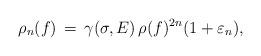
LaTeX: \begin{align*} \rho_n(f) \, = \, \gamma (\sigma, E)\, \rho(f)^{2n} (1+\varepsilon_n) ,\end{align*}